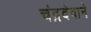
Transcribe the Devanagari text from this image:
चंद्रदेवाने